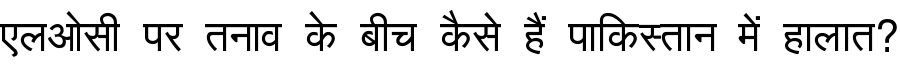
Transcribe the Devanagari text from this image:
एलओसी पर तनाव के बीच कैसे हैं पाकिस्तान में हालात?